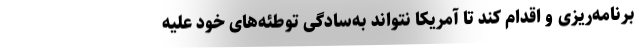
برنامه‌ریزی و اقدام کند تا آمریکا نتواند به‌سادگی توطئه‌های خود علیه